Indian journal of veterinary science and animal husbandry - Volume 10,
Year: 1940
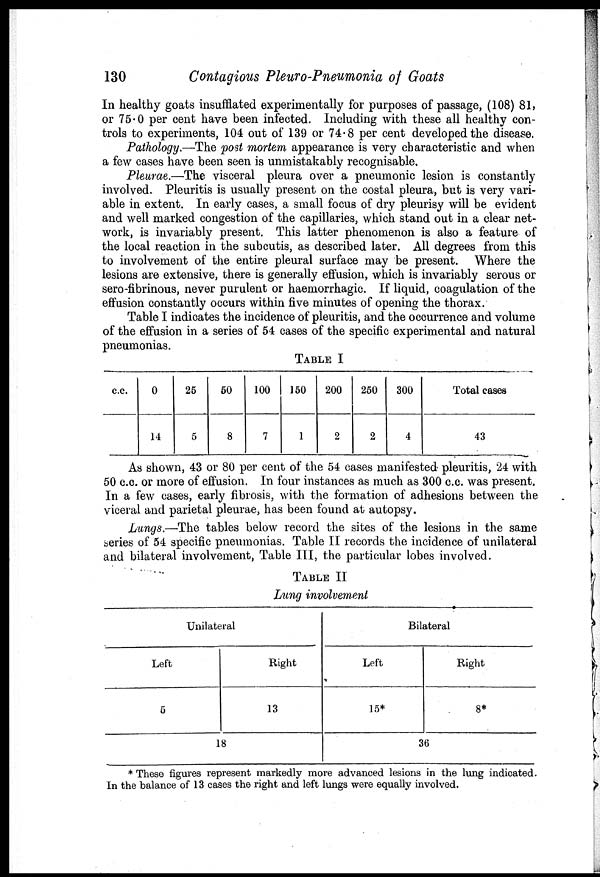
130
Contagious Pleuro-Pneumonia of Goats
In healthy goats insufflated experimentally for purposes of passage, (108) 81,
or 75.0 per cent have been infected. Including with these all healthy con-
trols to experiments, 104 out of 139 or 74.8 per cent developed the disease.
Pathology.—The post mortem appearance is very characteristic and when
a few cases have been seen is unmistakably recognisable.
Pleurae.—The visceral pleura over a pneumonic lesion is constantly
involved. Pleuritis is usually present on the costal pleura, but is very vari-
able in extent. In early cases, a small focus of dry pleurisy will be evident
and well marked congestion of the capillaries, which stand out in a clear net-
work, is invariably present. This latter phenomenon is also a feature of
the local reaction in the subcutis, as described later. All degrees from this
to involvement of the entire pleural surface may be present. Where the
lesions are extensive, there is generally effusion, which is invariably serous or
sero-fibrinous, never purulent or haemorrhagic. If liquid, coagulation of the
effusion constantly occurs within five minutes of opening the thorax.
Table I indicates the incidence of pleuritis, and the occurrence and volume
of the effusion in a series of 54 cases of the specific experimental and natural
pneumonias.
TABLE I
c.c.
0
14
25
5
50
8
100
7
150
1
200
2
250
2
300
4
Total cases
43
As shown, 43 or 80 per cent of the 54 cases manifested pleuritis, 24 with
50 c.c. or more of effusion. In four instances as much as 300 c.c. was present.
In a few cases, early fibrosis, with the formation of adhesions between the
viceral and parietal pleurae, has been found at autopsy.
Lungs.—The tables below record the sites of the lesions in the same
series of 54 specific pneumonias. Table II records the incidence of unilateral
and bilateral involvement, Table III, the particular lobes involved.
TABLE II
Lung involvement
Unilateral
Left
5
Right
13
18
Bilateral
Left
15*
Right
8*
36
* These figures represent markedly more advanced lesions in the lung indicated.
In the balance of 13 cases the right and left lungs were equally involved.